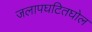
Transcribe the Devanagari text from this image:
जलापघटितघोल